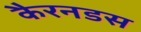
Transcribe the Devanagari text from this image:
कैरनडस